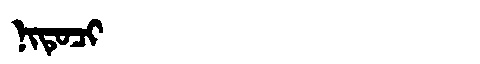
Manchu: ᠨᡳᡨᡠᠴᡳ
Romanization: NITUCI